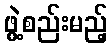
ဖွဲ့စည်းမည့်